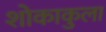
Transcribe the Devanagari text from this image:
शोकाकुला